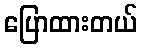
ပြောထားတယ်